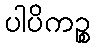
ပါပိကဉ္စ